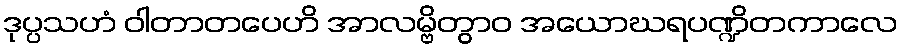
ဒုပ္ပသဟံ ဝါတာတပေဟိ အာလမ္ဗိတွာဝ အယောဃရပဏ္ဍိတကာလေ